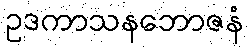
ဥဒကာသနဘောဇနံ